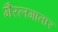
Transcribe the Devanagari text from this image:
गैरलगातार